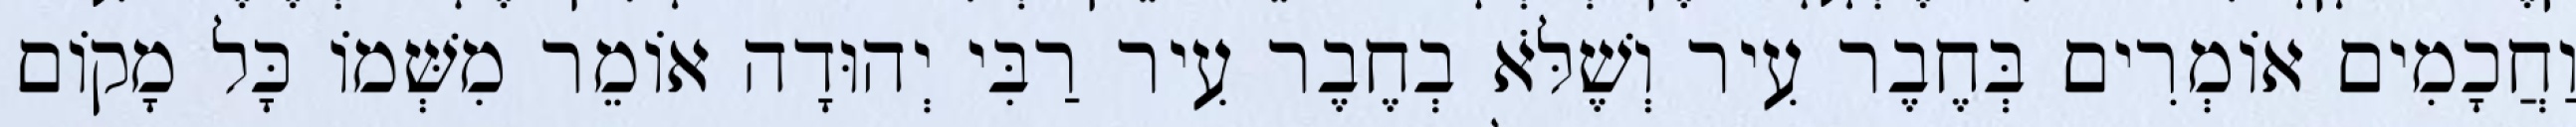
וַחֲכָמִים אוֹמְרִים בְּחֶבֶר עִיר וְשֶׁלֹּא בְחֶבֶר עִיר רַבִּי יְהוּדָה אוֹמֵר מִשְּׁמוֹ כָּל מָקוֹם